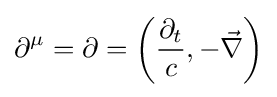
\partial ^{\mu }=\mathbf {\partial } =\left({\frac {\partial _{t}}{c}},-{\vec {\mathbf {\nabla } }}\right)